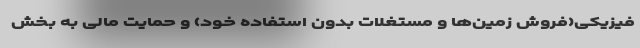
فیزیکی(فروش زمین‌ها و مستغلات بدون استفاده خود) و حمایت مالی به بخش